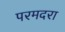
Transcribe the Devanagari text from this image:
परमदरा